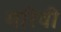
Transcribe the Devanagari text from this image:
गरिवी